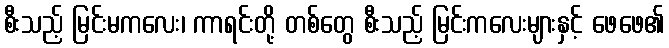
စီးသည့် မြင်းမကလေး၊ ကာရင်းတို့ တစ်တွေ စီးသည့် မြင်းကလေးများနှင့် ဖေဖေ၏